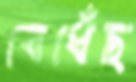
বেধেঁছ